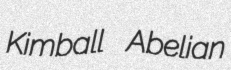
Kimball Abelian